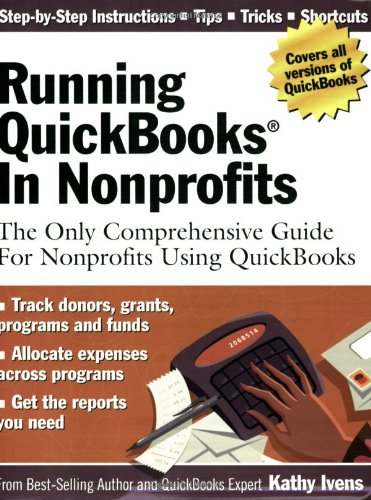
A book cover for Running QuickBooks in Nonprofits: The Only Comprehensive Guide for Nonprofits Using QuickBooks; Kathy Ivens; Computers & Technology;